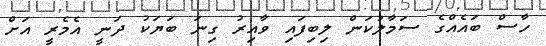
ހާސް ބައެއްގެ ސަމާލުކަން ލިބިފައި ވާއިރު ގިނަ ބަޔަކު ދަނީ އެމެރީ އަށް